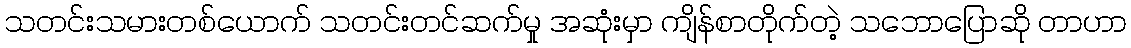
သတင်းသမားတစ်ယောက် သတင်းတင်ဆက်မှု အဆုံးမှာ ကျိန်စာတိုက်တဲ့ သဘောပြောဆို တာဟာ